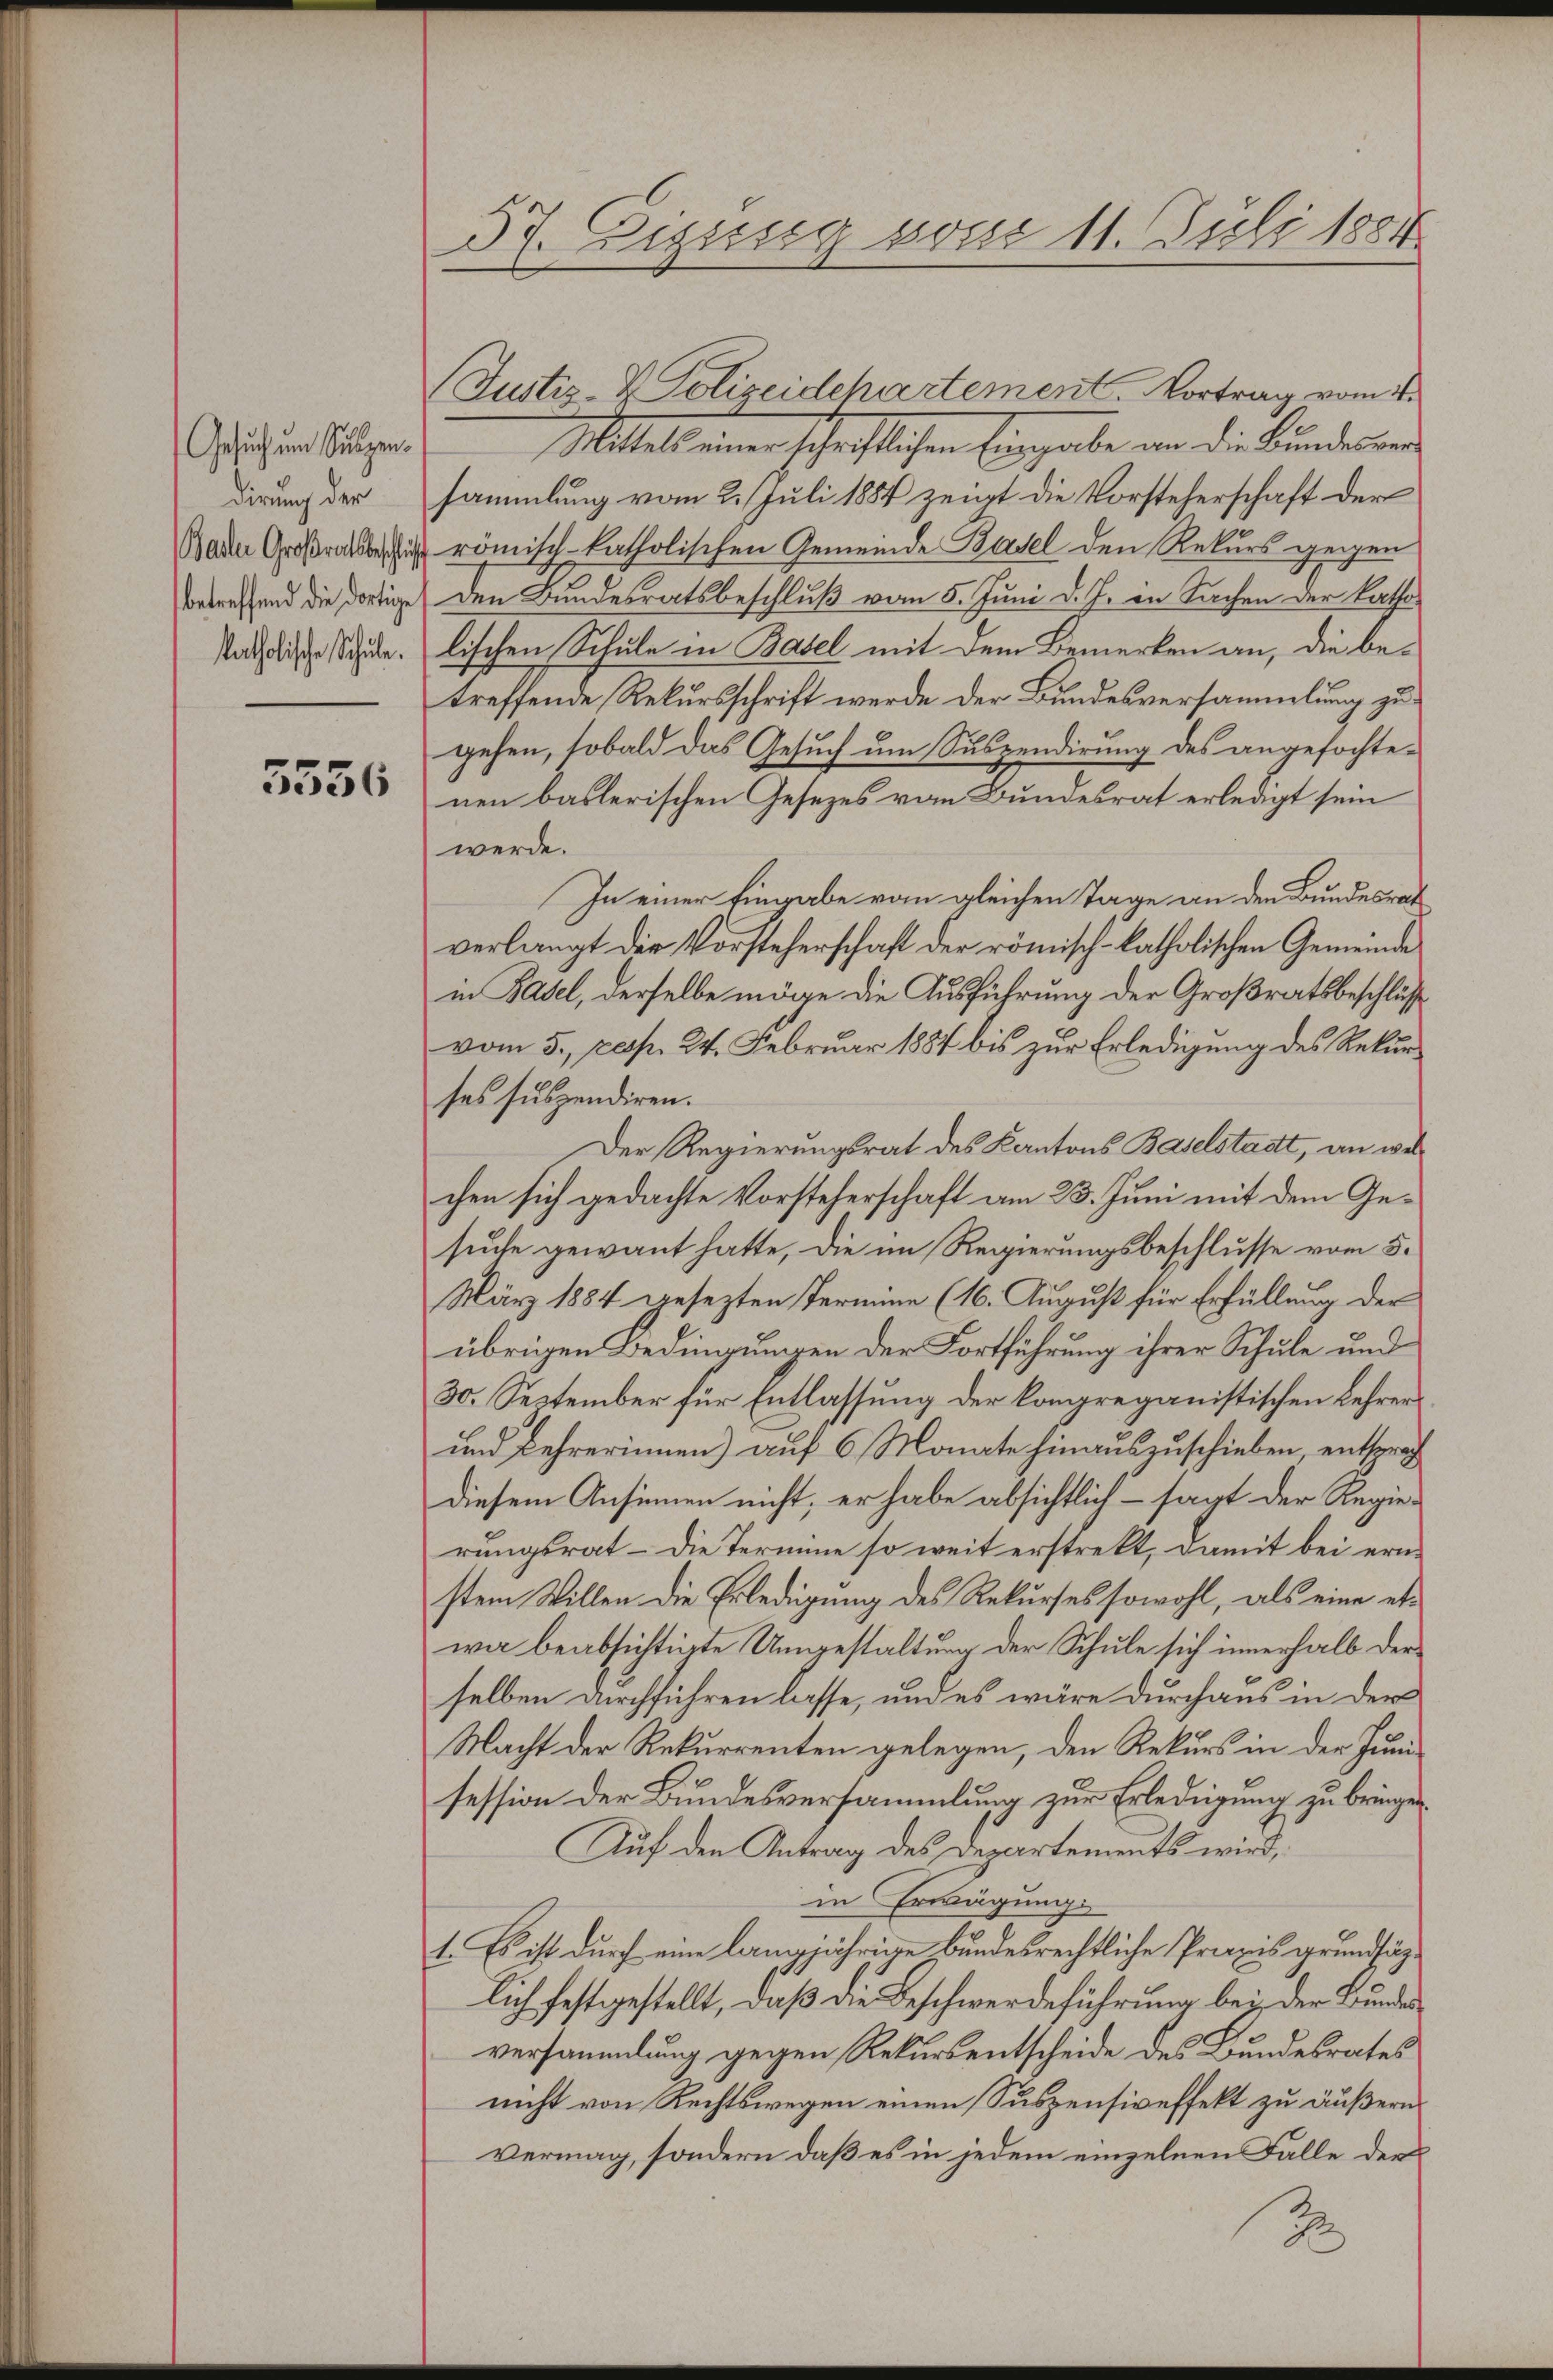
Gesuch um Sulzen.
dirung der
Baden Großratsbeschluß
betreffend die dortige
katholische Schule.

5556

37. Zizssig von 11. Juli 1884

Mittels einer schriftlichen Eingabe an die Bundesversammlung vom 2. Juli 1884 zeigt die Vorsteherschaft der
römisch katholischen Gemeinde Basel den Rekurs gegen
Den Bundesratsbeschluß vom 5. Juni d. J. in Sachen der katho
lischen Schule in Basel mit dem Bemerken an, die betreffende Rekursschrift werde der Bundesversammlung zugehen, sobald das Gesuch um Suspendirung des angefochtenen baslerischen Gesetzes vom Bundesrat erledigt sein
werde.
In einer Eingabe vom gleichen Tage an den Bundesrat
verlangt der Vorsteherschaft der römisch-katholischen Gemeinde
in Basel, derselbe möge die Ausführung der Großratsbeschlüss
vom 5. resp. 24. Februar 1884 bis zur Erledigung des Rekurses suspendiren.
Der Regierungsrat des Kantons Baselstadtt, an welchen sich gedachte Vorsteherschaft am 23. Juni mit dem Gesuche gewant hatte, die im Regierungsbeschlusse vom 5.
März 1884 gesezten Termine (16. August für Erfüllung der
übrigen Bedingungen der Fortführung ihrer Schule und
30. September für Entlassung der kompreganistischen Lehrer
und Lehrerinnen) auf 6 Monate hinauszuschieben, entsprich
diesem Ansinnen nicht, er habe absichtlich - sagt der Regie-
rungsrat – die Termine so weit erstrekt, damit bei erne
stem Willen die Erledigung des Rekurses sowohl, als eine etwar beabsichtigte Ungestaltung der Schule sich innerhalb derselben durchführen lasse, und es wäre durchaus in der
Macht der Rekurrenten gelegen, den Rekurs in der Juni-
session der Bundesversammlung zur Erledigung zu bringe
Auf den Antrag des Departements wird,
in Erwägung
t. Es ist durch eine langjährige bundesrechtliche Praxis grundsätzlich festgestellt, daß die Beschwerdeführung bei der Bundes
versammlung gegen Rekursentscheide des Bundesrates
nicht von Rechtswegen einen Suspensiveffekt zu äußern.
vermag, sondern daß es in jedem einzelnen Falle der
2

(Justiz- & Polizeidchartement. Vortrag vom 4.